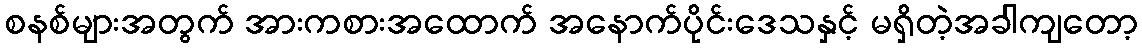
စနစ်များအတွက် အားကစားအထောက် အနောက်ပိုင်းဒေသနှင့် မရှိတဲ့အခါကျတော့